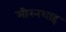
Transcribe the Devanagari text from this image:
मीरनशाह